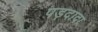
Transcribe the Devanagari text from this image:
पड़दादा